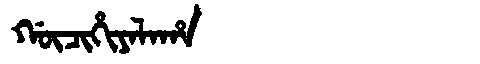
Manchu: ᡤᡡᠴᡳᡥᡳᠶᠠᠯᠠᡥᠠ
Romanization: GŪCIHIYALAHA